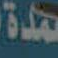
مدة